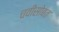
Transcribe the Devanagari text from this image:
चवीसोबत